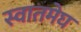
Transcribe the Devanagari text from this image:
स्वातमेघ